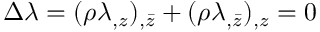
\Delta \lambda = ( \rho \lambda _ { , z } ) _ { , \bar { z } } + ( \rho \lambda _ { , \bar { z } } ) _ { , z } = 0